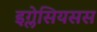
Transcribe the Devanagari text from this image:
इग्लेसियसस